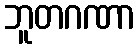
ဘူတဂဏာ